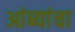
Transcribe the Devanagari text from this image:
आंब्यांचा